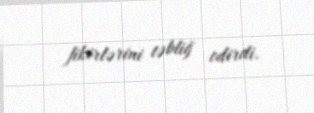
fikirlərini təbliğ edirdi.